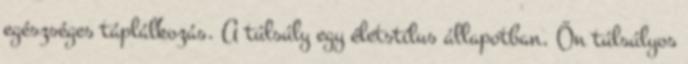
egészséges táplálkozás. A túlsúly egy életstílus állapotban. Ön túlsúlyos